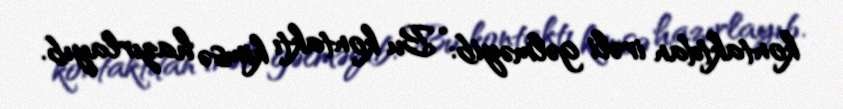
kontaktdan irəli gəlməyib: “Bu kontaktı kimsə hazırlayıb.